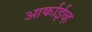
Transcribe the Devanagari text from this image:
आर्काईव्ह